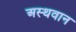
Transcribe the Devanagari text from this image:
अस्थवान